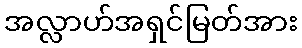
အလ္လာဟ်အရှင်မြတ်အား